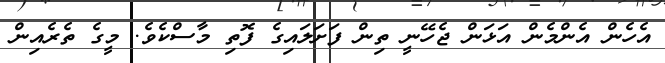
އެހެން އެންމެން އަޅަން ޖެހޭނީ ތިން ފަށަލައިގެ ފޮތި މާސްކެވެ. މީގެ ތެރެއިން